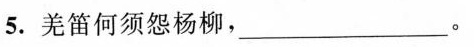
5.羌笛何须怨杨柳，___。